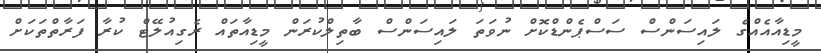
މީޑިއާއެއްގެ ލައިސަންސް ސަސްޕެންޑްކޮށް ނުވަތަ ލައިސަންސް ބާތިލްކުރަން މީޑިއާތައް ރެގިއުލޭޓް ކުރާ ފަރާތްތަކަށް